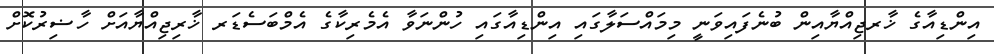
އިންޑިއާގެ ޚާރޖިއްޔާއިން ބުނެފައިވަނީ މިމައްސަލާގައި އިންޑިއާގައި ހުންނަވާ އެމެރިކާގެ އެމްބަސެޑަރ ޚާރިޖިއްޔާއަށް ހާޟިރުކޮށް